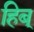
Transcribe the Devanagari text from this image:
हिब्